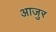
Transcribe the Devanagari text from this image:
आजुर